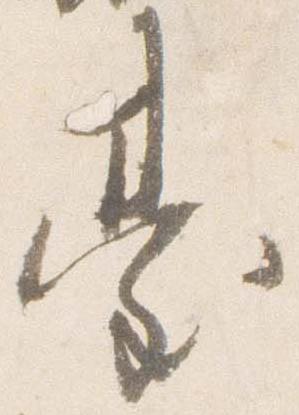
台